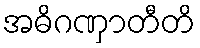
အဓိဂဏှာတီတိ